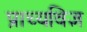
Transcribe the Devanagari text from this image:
प्राच्यविज्ञ